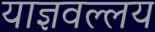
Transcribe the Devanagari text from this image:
याज्ञवल्लय